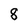
Character: 8